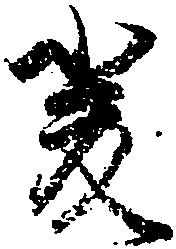
厳